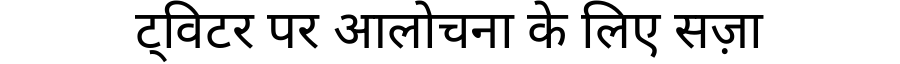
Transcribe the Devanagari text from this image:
ट्विटर पर आलोचना के लिए सज़ा